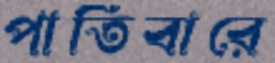
পাতিবারে